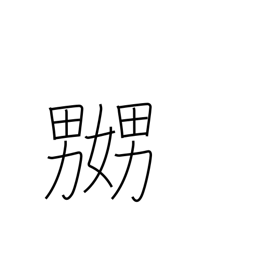
Meaning: tease